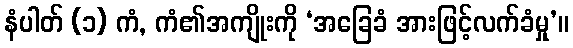
နံပါတ် (၁) ကံ, ကံ၏အကျိုးကို ‘အခြေခံ အားဖြင့်လက်ခံမှု’။